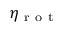
\eta _ { \mathrm { ~ r ~ o ~ t ~ } }